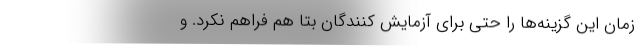
زمان این گزینه‌ها را حتی برای آزمایش کنندگان بتا هم فراهم نکرد. و